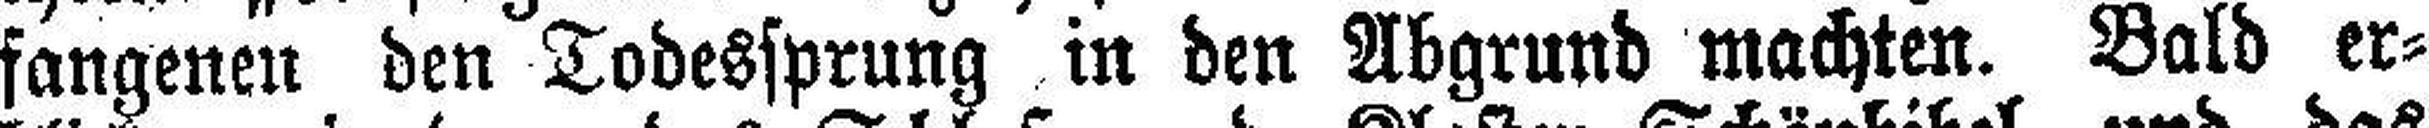
fangenen den Todessprung in den Abgrund machten. Bald er¬